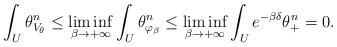
LaTeX: \begin{align*}\int_{U} \theta_{V_{\theta}}^n \leq \liminf_{\beta \to+\infty} \int_U \theta_{\varphi_{\beta}}^n \leq \liminf_{\beta\to +\infty} \int_U e^{-\beta \delta} \theta_+^n =0. \end{align*}